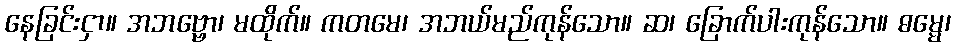
နေခြင်းငှာ။ အဘဗ္ဗော၊ မထိုက်။ ကတမေ၊ အဘယ်မည်ကုန်သော။ ဆ၊ ခြောက်ပါးကုန်သော။ ဓမ္မေ၊